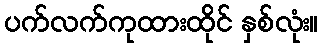
ပက်လက်ကုထားထိုင် နှစ်လုံး။